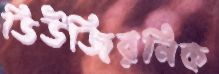
ডিউজিরনিক